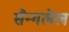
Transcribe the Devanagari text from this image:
सैन्गलेल